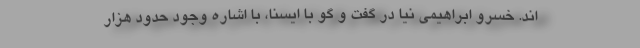
اند. خسرو ابراهیمی نیا در گفت و گو با ایسنا، با اشاره وجود حدود هزار